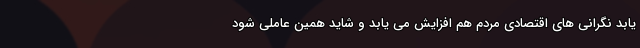
یابد نگرانی های اقتصادی مردم هم افزایش می یابد و شاید همین عاملی شود